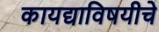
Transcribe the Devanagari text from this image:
कायद्याविषयीचे